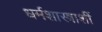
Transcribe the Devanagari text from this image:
धर्मशास्त्राशीं